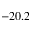
- 2 0 . 2